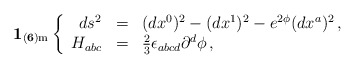
\begin{align*}{\bf 1_{(6){\rm m}}}\left\{\begin{array}{rcl}ds^2 &=& (dx^0)^2-(dx^1)^2 - e^{2{\phi}}(dx^a)^2\, ,\\{H}_{abc} &=& {\textstyle\frac{2}{3}}\epsilon_{abcd}\partial^d {\phi}\,, \end{array}\right.\end{align*}